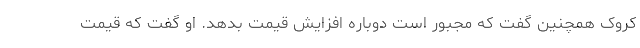
کروک همچنین گفت که مجبور است دوباره افزایش قیمت بدهد. او گفت که قیمت